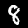
Digit: 8